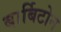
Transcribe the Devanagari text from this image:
बार्बिटोन